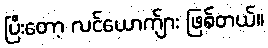
ပြီးတော့ လင်ယောက်ျား ဖြစ်တယ်။